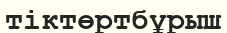
тіктөртбұрыш